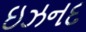
ઇઝનદ